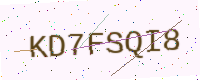
Text: KD7FSQI8